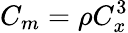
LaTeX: C_{m}=\rho C_{x}^{3}